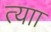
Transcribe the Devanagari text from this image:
त्याा